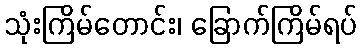
သုံးကြိမ်တောင်း၊ ခြောက်ကြိမ်ရပ်